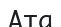
Ата